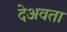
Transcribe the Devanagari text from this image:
देअवता